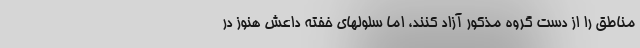
مناطق را از دست گروه مذکور آزاد کنند، اما سلولهای خفته داعش هنوز در